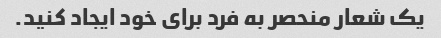
یک شعار منحصر به فرد برای خود ایجاد کنید.